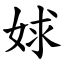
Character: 㛏